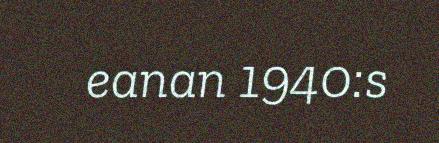
eanan 1940:s